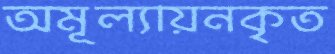
অমূল্যায়নকৃত